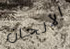
الألحان